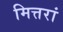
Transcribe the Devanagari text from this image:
मित्तरां